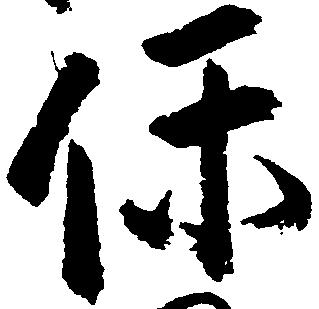
保